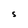
Character: S